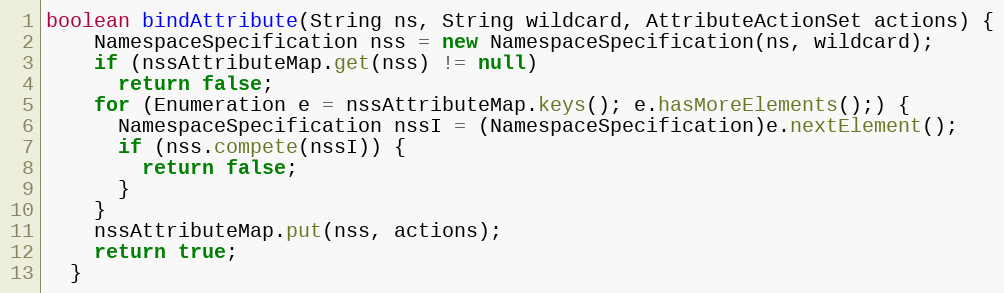
Language: Java
boolean bindAttribute(String ns, String wildcard, AttributeActionSet actions) {
    NamespaceSpecification nss = new NamespaceSpecification(ns, wildcard);
    if (nssAttributeMap.get(nss) != null)
      return false;
    for (Enumeration e = nssAttributeMap.keys(); e.hasMoreElements();) {
      NamespaceSpecification nssI = (NamespaceSpecification)e.nextElement();
      if (nss.compete(nssI)) {
        return false;
      }
    }
    nssAttributeMap.put(nss, actions);
    return true;
  }